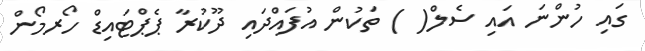
ގައި ހުންނަ އައި ސެލް( ) ތަކުން އުފައްދައި ދޫކުރާ ޕެޕްޓައިޑް ހޯރމޯން